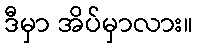
ဒီမှာ အိပ်မှာလား။